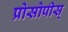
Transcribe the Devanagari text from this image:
प्रोसोपीस्